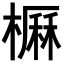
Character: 𣙽